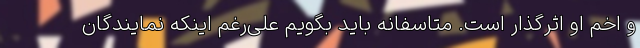
و اخم او اثرگذار است. متاسفانه باید بگویم علی‌رغم اینکه نمایندگان